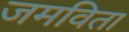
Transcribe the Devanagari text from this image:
जमविता